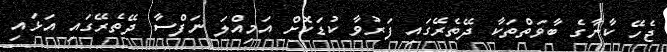
ޖެހޭ ކާނާގެ ބާވަތްތަކާ ދޭތެރޭގައި ފަރުވާ ކުޑަކޮށް އަމިއްލަ ނަފްސާ ދޭތެރޭގައި އަޅައި